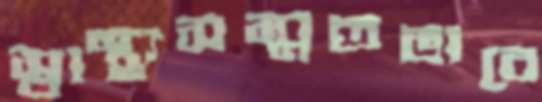
স্বাস্থ্যসম্মতভাবে